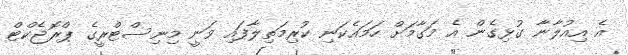
އެ އިއުލާނާ ގުޅިގެން އެ މަގާމަށް ހަމައެކަނި ކުރިމަތިލާފައި ވަނީ މިނިސްޓްރީގެ ޕްރޮޖެކްޓް